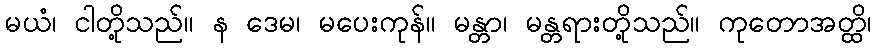
မယံ၊ ငါတို့သည်။ န ဒေမ၊ မပေးကုန်။ မန္တာ၊ မန္တရားတို့သည်။ ကုတောအတ္ထိ၊